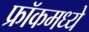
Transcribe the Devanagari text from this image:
फ्रॉकमध्ये